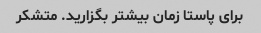
برای پاستا زمان بیشتر بگزارید. متشکر